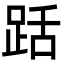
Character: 䟯